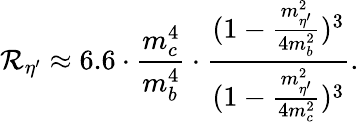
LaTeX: \mathcal{R}_{\eta^{\prime}}\approx6.6\cdot\frac{{m_{c}^{4}}}{{m_{b}^{4}}}\cdot\frac{{(1-\frac{{m_{\eta^{\prime}}^{2}}}{{4m_{b}^{2}}})^{3}}}{{(1-\frac{{m_{\eta^{\prime}}^{2}}}{{4m_{c}^{2}}})^{3}}}.